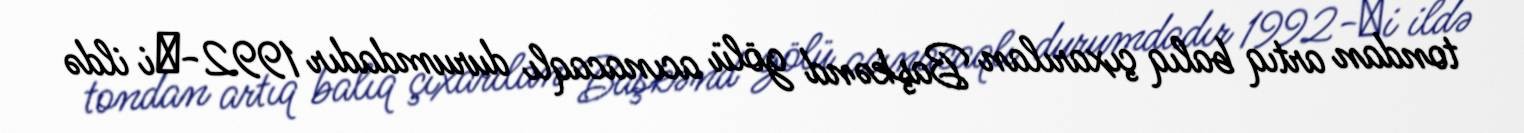
tondan artıq balıq çıxarılan Başkənd gölü acınacaqlı durumdadır 1992-сi ildə